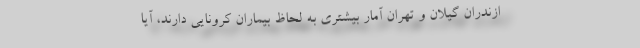
ازندران گیلان و تهران آمار بیشتری به لحاظ بیماران کرونایی دارند، آیا